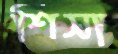
শিসা